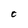
Character: C